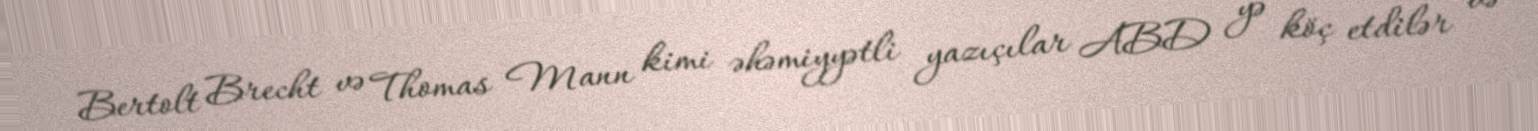
Bertolt Brecht və Thomas Mann kimi əhəmiyyətli yazıçılar ABD yə köç etdilər və